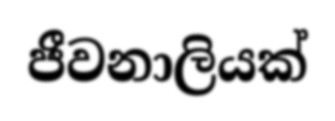
ජීවනාලියක්